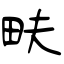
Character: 畉